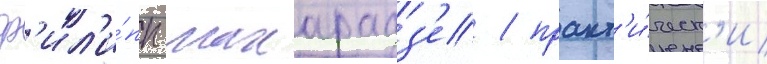
ф'ил'и́пп махарадз'е / практ'и́ческ'и